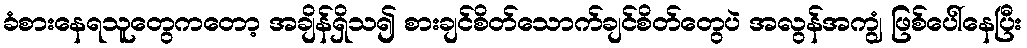
ခံစားနေရသူတွေကတော့ အချိန်ရှိသ၍ စားချင်စိတ်သောက်ချင်စိတ်တွေပဲ အလွန်အကျွံ ဖြစ်ပေါ်နေပြီး